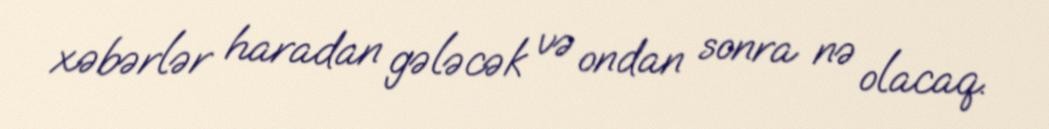
xəbərlər haradan gələcək və ondan sonra nə olacaq.